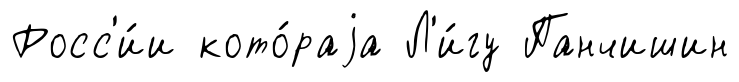
Росс'и́и кото́раjа Л'и́гу Панчишин